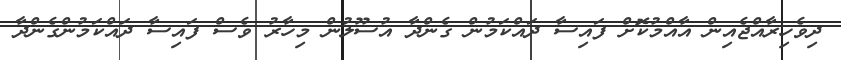
ދިވެހިރާއްޖެއިން އާއްމުކޮށް ފައިސާ ދައްކަމުން ގެންދާ އުސޫލުން މިހާރު ވެސް ފައިސާ ދައްކަމުންގެންދާ